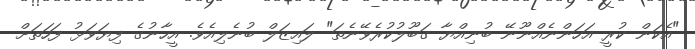
"އެކަން ކުރީ އަހަންނެއްނޫނޭ ބުނިއްޔާ ގަބޫލުކުރެވޭނެތަ" ލައިޒަލް ބުނެލިއެވެ. އީހާނުގެ ފިޔަވަޅު ފަހަތަށް